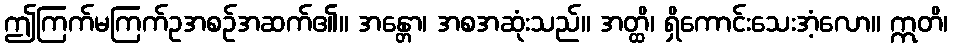
ဤကြက်မကြက်ဥအစဉ်အဆက်၏။ အန္တော၊ အစအဆုံးသည်။ အတ္ထိ၊ ရှိကောင်းသေးအံ့လော။ ဣတိ၊